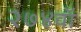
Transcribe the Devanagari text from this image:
२७४वॉ